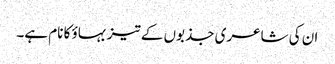
ان کی شاعری جذبوں کے تیز بہاؤ کا نام ہے۔